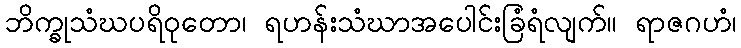
ဘိက္ခုသံဃပရိဝုတော၊ ရဟန်းသံဃာအပေါင်းခြံရံလျက်။ ရာဇဂဟံ၊